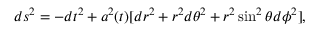
d s ^ { 2 } = - d t ^ { 2 } + a ^ { 2 } ( t ) [ d r ^ { 2 } + r ^ { 2 } d \theta ^ { 2 } + r ^ { 2 } \sin ^ { 2 } \theta d \phi ^ { 2 } ] ,